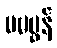
မမမွန်